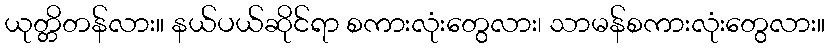
ယုတ္တိတန်လား။ နယ်ပယ်ဆိုင်ရာ စကားလုံးတွေလား၊ သာမန်စကားလုံးတွေလား။